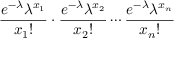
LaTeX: { \frac { e ^ { - \lambda } \lambda ^ { x _ { 1 } } } { x _ { 1 } ! } } \cdot { \frac { e ^ { - \lambda } \lambda ^ { x _ { 2 } } } { x _ { 2 } ! } } \cdots { \frac { e ^ { - \lambda } \lambda ^ { x _ { n } } } { x _ { n } ! } }